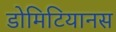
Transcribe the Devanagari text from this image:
डोमिटियानस